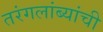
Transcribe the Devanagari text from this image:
तरंगलांब्यांची